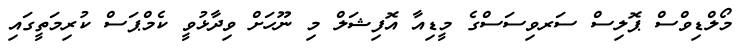
މޯލްޑިވްސް ޕޮލިސް ސަރވިސަސްގެ މީޑިއާ އޮފިޝަލް މި ނޫހަށް ވިދާޅުވީ ކެމްޕަސް ކުރިމަތީގައި